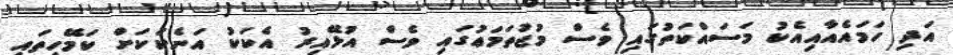
އަދި ހަމައެއާއިއެކު މަސައްކަތުގައި ވެސް މުޖުތަމަޢުގައި ވެސް އުޅޭއިރު އެކަކު އަނެކަކަށް ކަމޭހިތައި